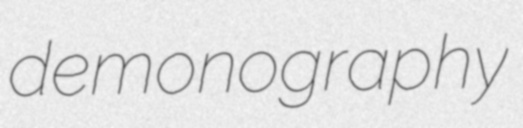
demonography